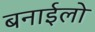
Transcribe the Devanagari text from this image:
बनाईलो